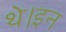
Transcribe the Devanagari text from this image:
थे।इन